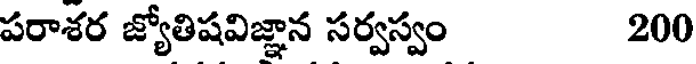
పరాశర జ్యోతిషవిజ్ఞాన సర్వస్వం 200